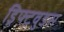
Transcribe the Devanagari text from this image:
ड्रिफ्टवुडस